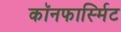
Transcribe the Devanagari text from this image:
कॉनफार्स्मिट